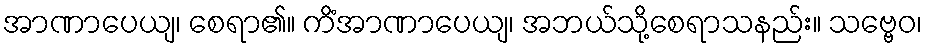
အာဏာပေယျ၊ စေရာ၏။ ကိံအာဏာပေယျ၊ အဘယ်သို့စေရာသနည်း။ သဗ္ဗေဝ၊